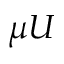
\mu U